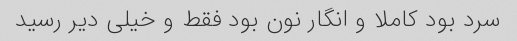
سرد بود کاملا و انگار نون بود فقط و خیلی دیر رسید